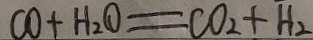
C O + H _ { 2 } O = C O _ { 2 } + H _ { 2 }